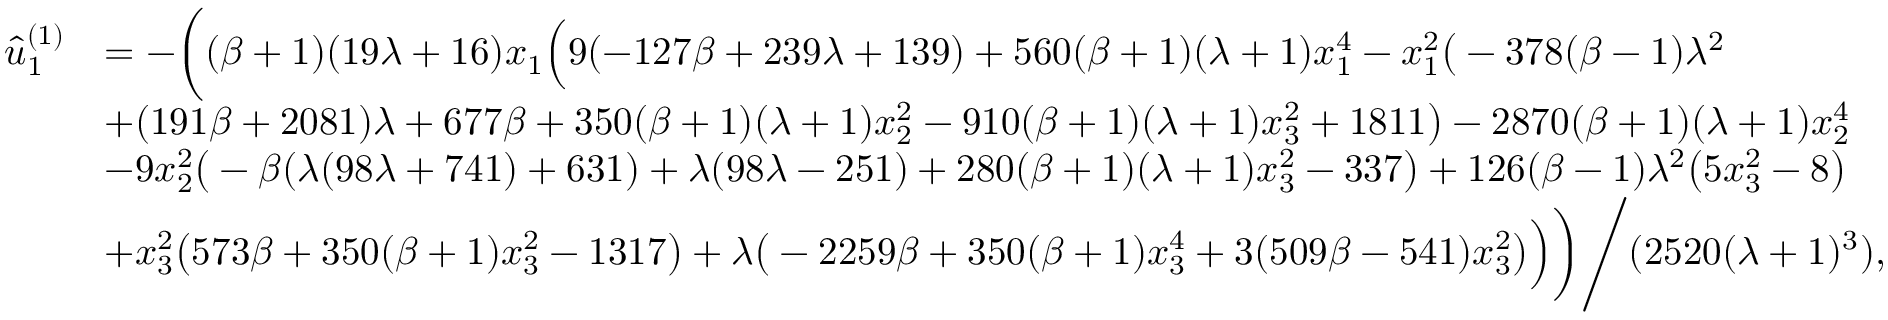
\begin{array} { r l } { \hat { u } _ { 1 } ^ { ( 1 ) } } & { = - \bigg ( ( \beta + 1 ) ( 1 9 \lambda + 1 6 ) x _ { 1 } \Big ( 9 ( - 1 2 7 \beta + 2 3 9 \lambda + 1 3 9 ) + 5 6 0 ( \beta + 1 ) ( \lambda + 1 ) x _ { 1 } ^ { 4 } - x _ { 1 } ^ { 2 } \big ( - 3 7 8 ( \beta - 1 ) \lambda ^ { 2 } } \\ & { + ( 1 9 1 \beta + 2 0 8 1 ) \lambda + 6 7 7 \beta + 3 5 0 ( \beta + 1 ) ( \lambda + 1 ) x _ { 2 } ^ { 2 } - 9 1 0 ( \beta + 1 ) ( \lambda + 1 ) x _ { 3 } ^ { 2 } + 1 8 1 1 \big ) - 2 8 7 0 ( \beta + 1 ) ( \lambda + 1 ) x _ { 2 } ^ { 4 } } \\ & { - 9 x _ { 2 } ^ { 2 } \big ( - \beta ( \lambda ( 9 8 \lambda + 7 4 1 ) + 6 3 1 ) + \lambda ( 9 8 \lambda - 2 5 1 ) + 2 8 0 ( \beta + 1 ) ( \lambda + 1 ) x _ { 3 } ^ { 2 } - 3 3 7 \big ) + 1 2 6 ( \beta - 1 ) \lambda ^ { 2 } \big ( 5 x _ { 3 } ^ { 2 } - 8 \big ) } \\ & { + x _ { 3 } ^ { 2 } \big ( 5 7 3 \beta + 3 5 0 ( \beta + 1 ) x _ { 3 } ^ { 2 } - 1 3 1 7 \big ) + \lambda \big ( - 2 2 5 9 \beta + 3 5 0 ( \beta + 1 ) x _ { 3 } ^ { 4 } + 3 ( 5 0 9 \beta - 5 4 1 ) x _ { 3 } ^ { 2 } \big ) \Big ) \bigg ) \Bigg / ( 2 5 2 0 ( \lambda + 1 ) ^ { 3 } ) , } \end{array}